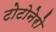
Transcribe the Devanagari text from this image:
टोटोनेरो